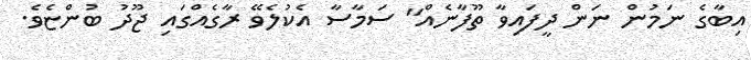
އިބާގެ ނަމުން ނަން ދީފައިވާ ތޫފާނެއް" ސަމާސާ އެކުލެވޭ ރާގެއްގައި ޖޫދު ބުންޏެވެ.